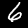
Label: 6